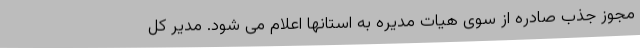
مجوز جذب صادره از سوی هیات مدیره به استانها اعلام می شود. مدیر کل